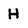
Character: H